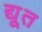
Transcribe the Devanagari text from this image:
द्यू्त